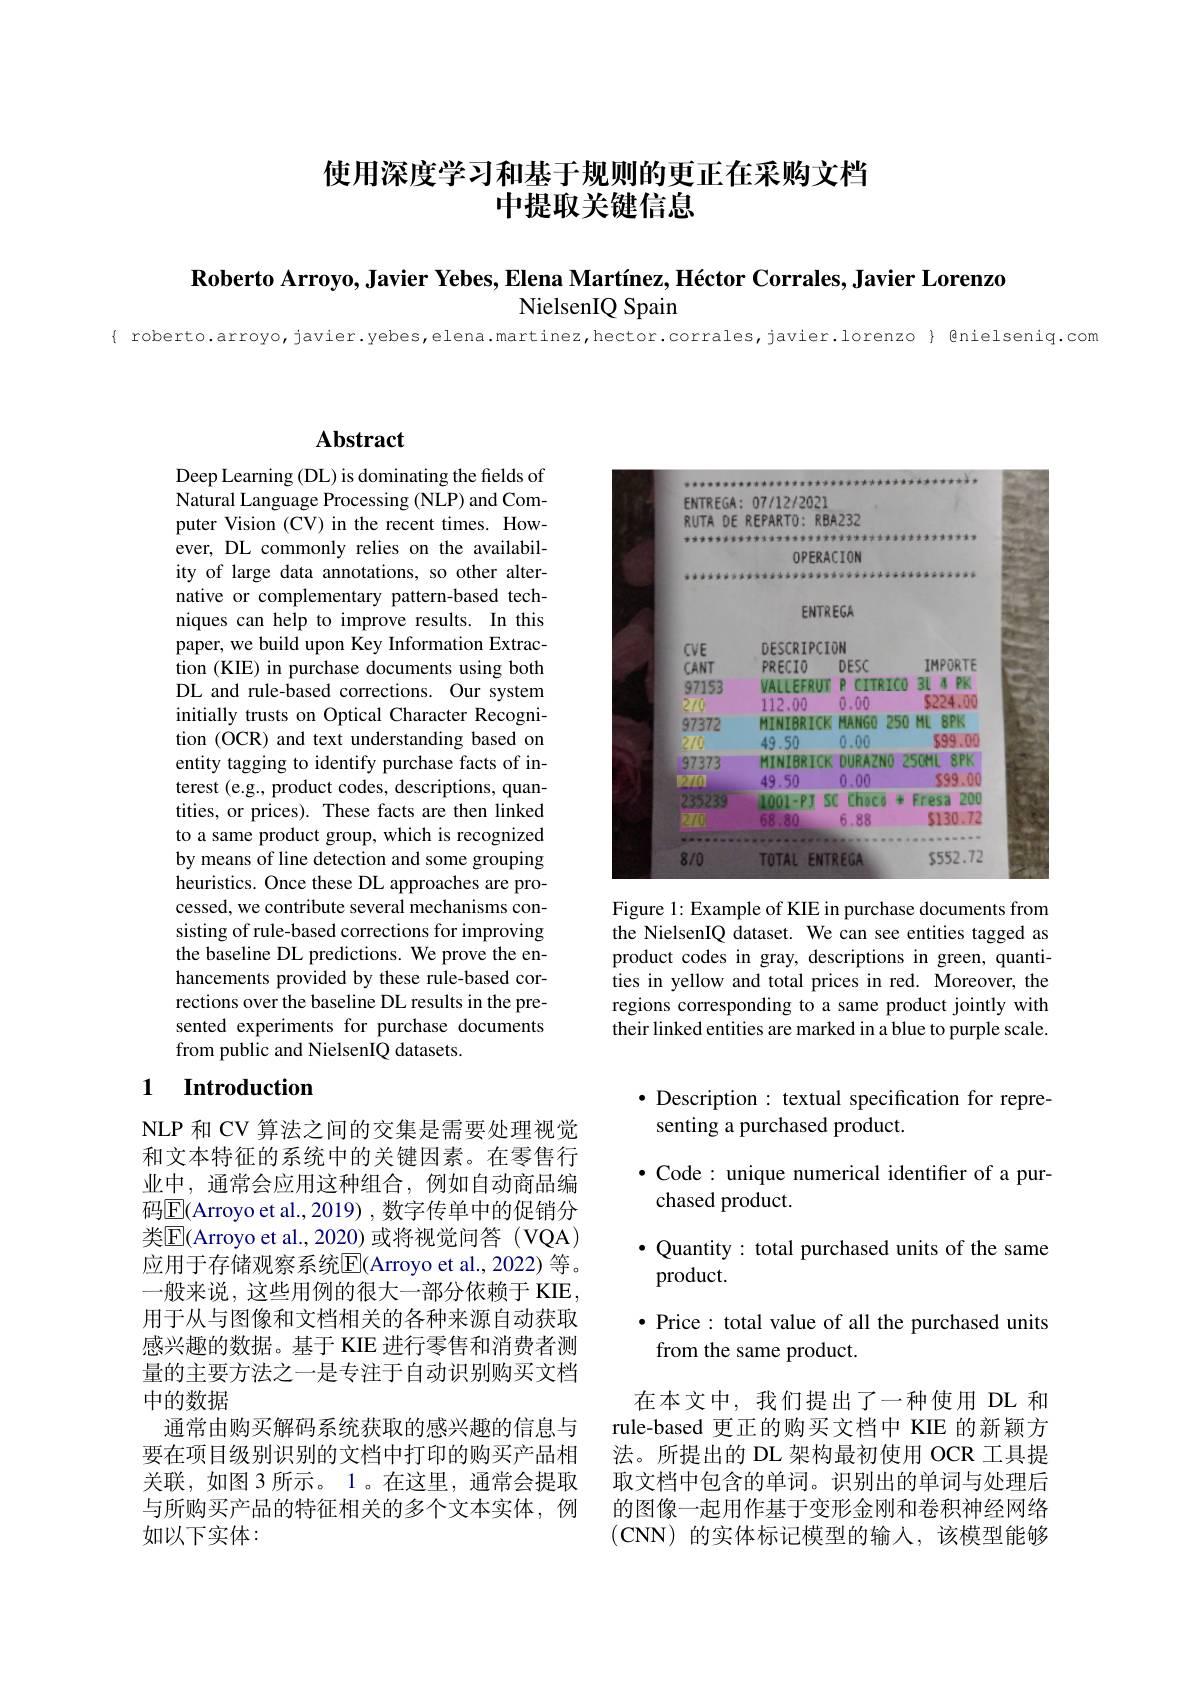
# 使用深度学习和基于规则的更正在采购文档中提取关键信息

$\textbf{Roberto Arroyo, Javier Yebes, Elena Mart\'{ı } nez, H\'{e} ctor Corrales, Javier Lorenzo}$

NielsenIQ Spain

$\textcircled{8}$niel

es,elena.martinez,hector.corrales,javier.lorenzc

## Abstract

Deep Learning (DL) is dominating the fields of Natural Language Processing (NLP) and Computer Vision (CV) in the recent times. However, DL commonly relies on the availability of large data annotations, so other alternative or complementary pattern-based techniques can help to improve results. In this paper, we build upon Key Information Extraction (KIE) in purchase documents using both DL and rule-based corrections. Our system initially trusts on Optical Character Recognition (OCR) and text understanding based on entity tagging to identify purchase facts of interest (e.g., product codes, descriptions, quantities, or prices). These facts are then linked to a same product group, which is recognized by means of line detection and some grouping heuristics. Once these DL approaches are processed, we contribute several mechanisms consisting of rule-based corrections for improving the baseline DL predictions. We prove the enhancements provided by these rule-based corrections over the baseline DL results in the presented experiments for purchase documents from public and NielsenIQ datasets.

### 1 Introduction

NLP 和 CV 算法之间的交集是需要处理视觉和文本特征的系统中的关键因素。在零售行业中，通常会应用这种组合，例如自动商品编码$\boxed{\mathrm{E}}($Arroyo et al., 2019) , 数字传单中的促销分类$\overline{\mathrm{E}}($Arroyo et al., 2020) 或将视觉问答(VQA) 应用于存储观察系统$\overline{\mathrm{E}}($Arroyo et al., 2022) 等。一般来说，这些用例的很大一部分依赖于 KIE, 用于从与图像和文档相关的各种来源自动获取感兴趣的数据。基于 KIE 进行零售和消费者测量的主要方法之一是专注于自动识别购买文档中的数据
通常由购买解码系统获取的感兴趣的信息与要在项目级别识别的文档中打印的购买产品相关联，如图 3 所示。1。在这里，通常会提取与所购买产品的特征相关的多个文本实体，例如以下实体：

<FigureHere>

Figure 1: Example of KIE in purchase documents from the NielsenIQ dataset. We can see entities tagged as product codes in gray, descriptions in green, quantities in yellow and total prices in red. Moreover, the regions corresponding to a same product jointly with their linked entities are marked in a blue to purple scale.

$\bullet$ Description: textual specification for repre-
senting a purchased product.

·Code: unique numerical identifier of a pur-
chased product.
$\bullet$ Quantity : total purchased units of the same
product.
· Price: total value of all the purchased units
from the same product.

在本文中，我们提出了一种使用 DL 和rule-based 更正的购买文档中 KIE 的新颖方法。所提出的 DL 架构最初使用 OCR 工具提取文档中包含的单词。识别出的单词与处理后的图像一起用作基于变形金刚和卷积神经网络(CNN)的实体标记模型的输入，该模型能够